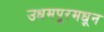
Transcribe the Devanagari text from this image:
उधमपूरमधून